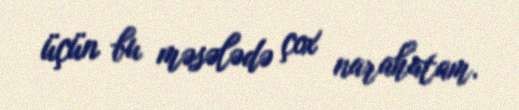
üçün bu məsələdə çox narahatam.